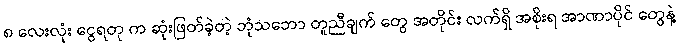
၈ လေးလုံး ငွေရတု က ဆုံးဖြတ်ခဲ့တဲ့ ဘုံသဘော တူညီချက် တွေ အတိုင်း လက်ရှိ အစိုးရ အာဏာပိုင် တွေနဲ့